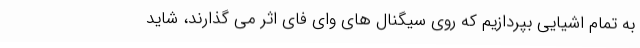
به تمام اشیایی بپردازیم که روی سیگنال های وای فای اثر می گذارند، شاید